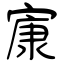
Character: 㝩